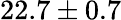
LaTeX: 22.7\pm 0.7